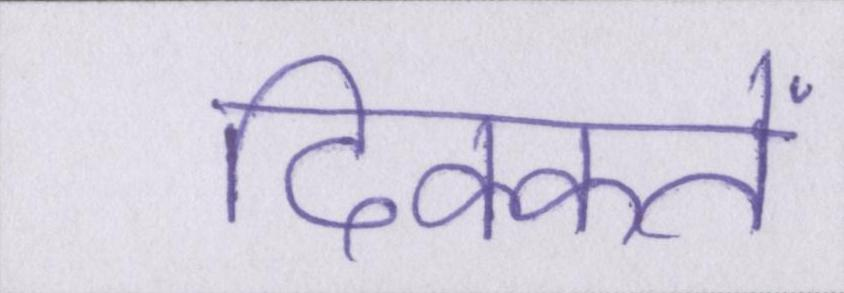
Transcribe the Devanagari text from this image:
दिक्कतें